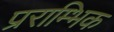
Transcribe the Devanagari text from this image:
प्रराम्भिक